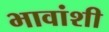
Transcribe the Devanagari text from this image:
भावांशी